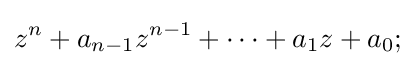
z^{n}+a_{n-1}z^{n-1}+\cdots +a_{1}z+a_{0};